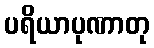
ပရိယာပုဏာတု